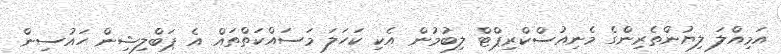
އަމިއްލަ ލިޔުންތެރިންގެ މެނިއުސްކްރިޕްޓް ލިބުމުން އެކި ކަހަލަ މަސައްކަތްތައް އެ ޕަބްލިޝިން ހައުސިން